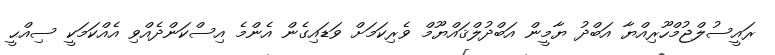
ރައީސުލްޖުމްހޫރިއްޔާ އަބްދު ޔާމީން އަބްދުލްޤައްޔޫމް ވެރިކަމަށް ވަޑައިގެން އެންމެ އިސްކަންދެއްވި އެއްކަމަކީ ސިއްޙީީ